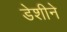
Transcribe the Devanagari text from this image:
डेशीने